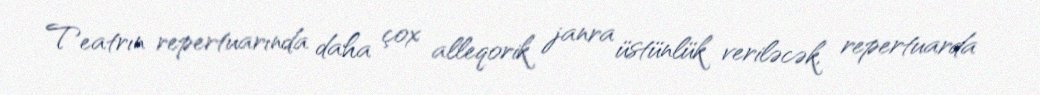
Teatrın repertuarında daha çox alleqorik janra üstünlük veriləcək, repertuarda